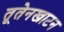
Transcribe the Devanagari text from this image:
तूतेनखाटन